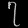
Digit: ၇